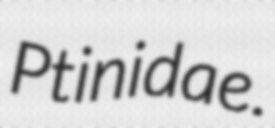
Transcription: Ptinidae.